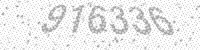
Solution: 916336